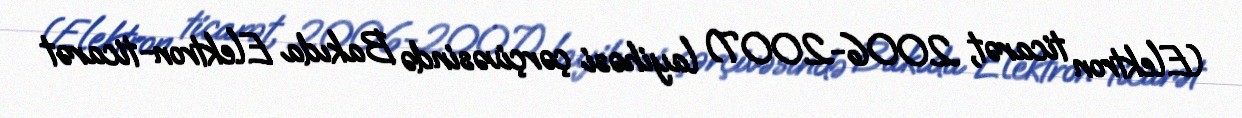
(Elektron ticarət, 2006-2007) layihəsi çərçivəsində Bakıda Elektron-ticarət